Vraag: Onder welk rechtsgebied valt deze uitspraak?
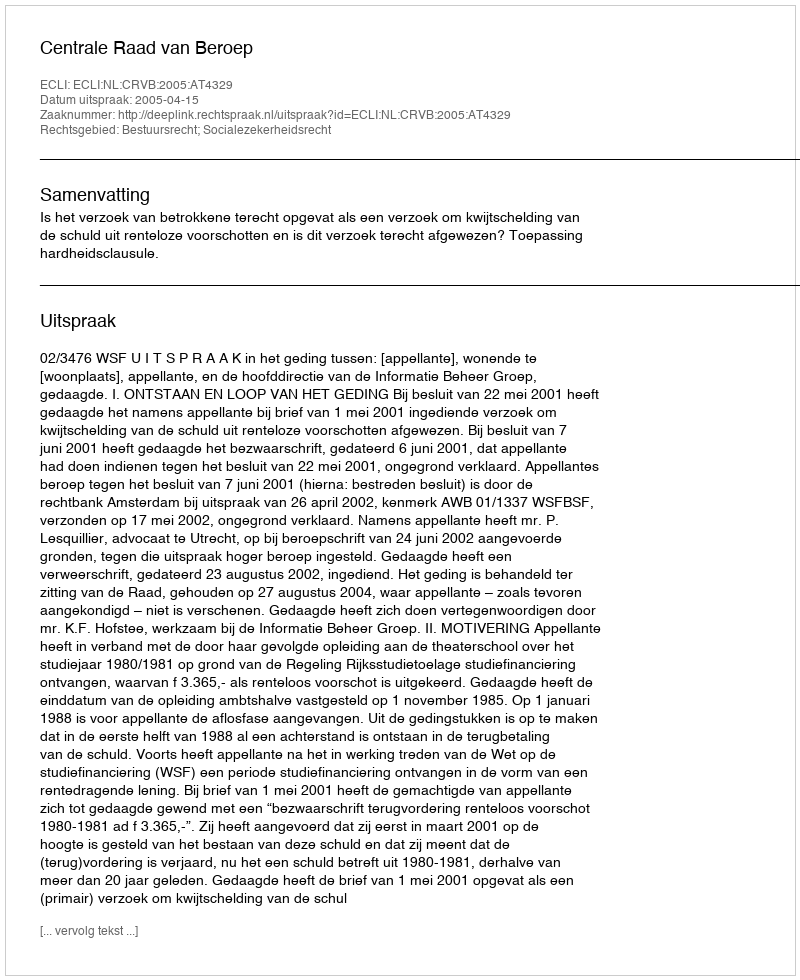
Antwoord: Bestuursrecht; Socialezekerheidsrecht